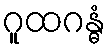
ဂူထဂန္ဓံ